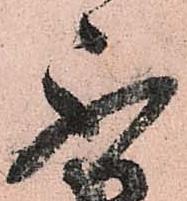
不